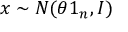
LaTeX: x \sim N ( \theta 1 _ { n } , I ) \,